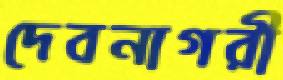
দেবনাগরী